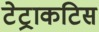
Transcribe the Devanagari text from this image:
टेट्राकटिस